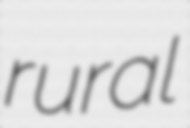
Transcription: rural